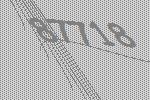
87718